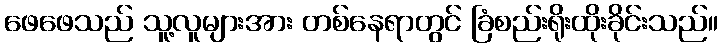
ဖေဖေသည် သူ့လူများအား တစ်နေရာတွင် ခြံစည်းရိုးထိုးခိုင်းသည်။